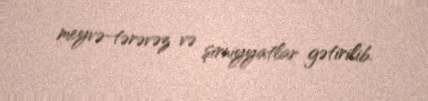
meyvə-tərəvəz və şirniyyatlar gətirilib.